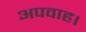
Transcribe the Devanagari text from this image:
अपवाह।